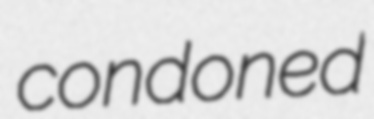
condoned